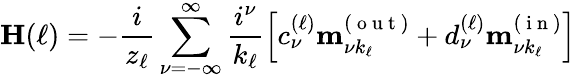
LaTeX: \mathbf{H}(\ell)=-\frac{i}{z_{\ell}}\sum_{\nu=-\infty}^{\infty}\frac{i^{\nu}}{k_{\ell}}\left[c_{\nu}^{(\ell)}\mathbf{m}_{\nu k_{\ell}}^{(\mathrm{~o~u~t~})}+d_{\nu}^{(\ell)}\mathbf{m}_{\nu k_{\ell}}^{(\mathrm{~i~n~})}\right]